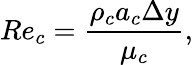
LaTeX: Re_{c}=\frac{\rho_{c}a_{c}\Delta y}{\mu_{c}},